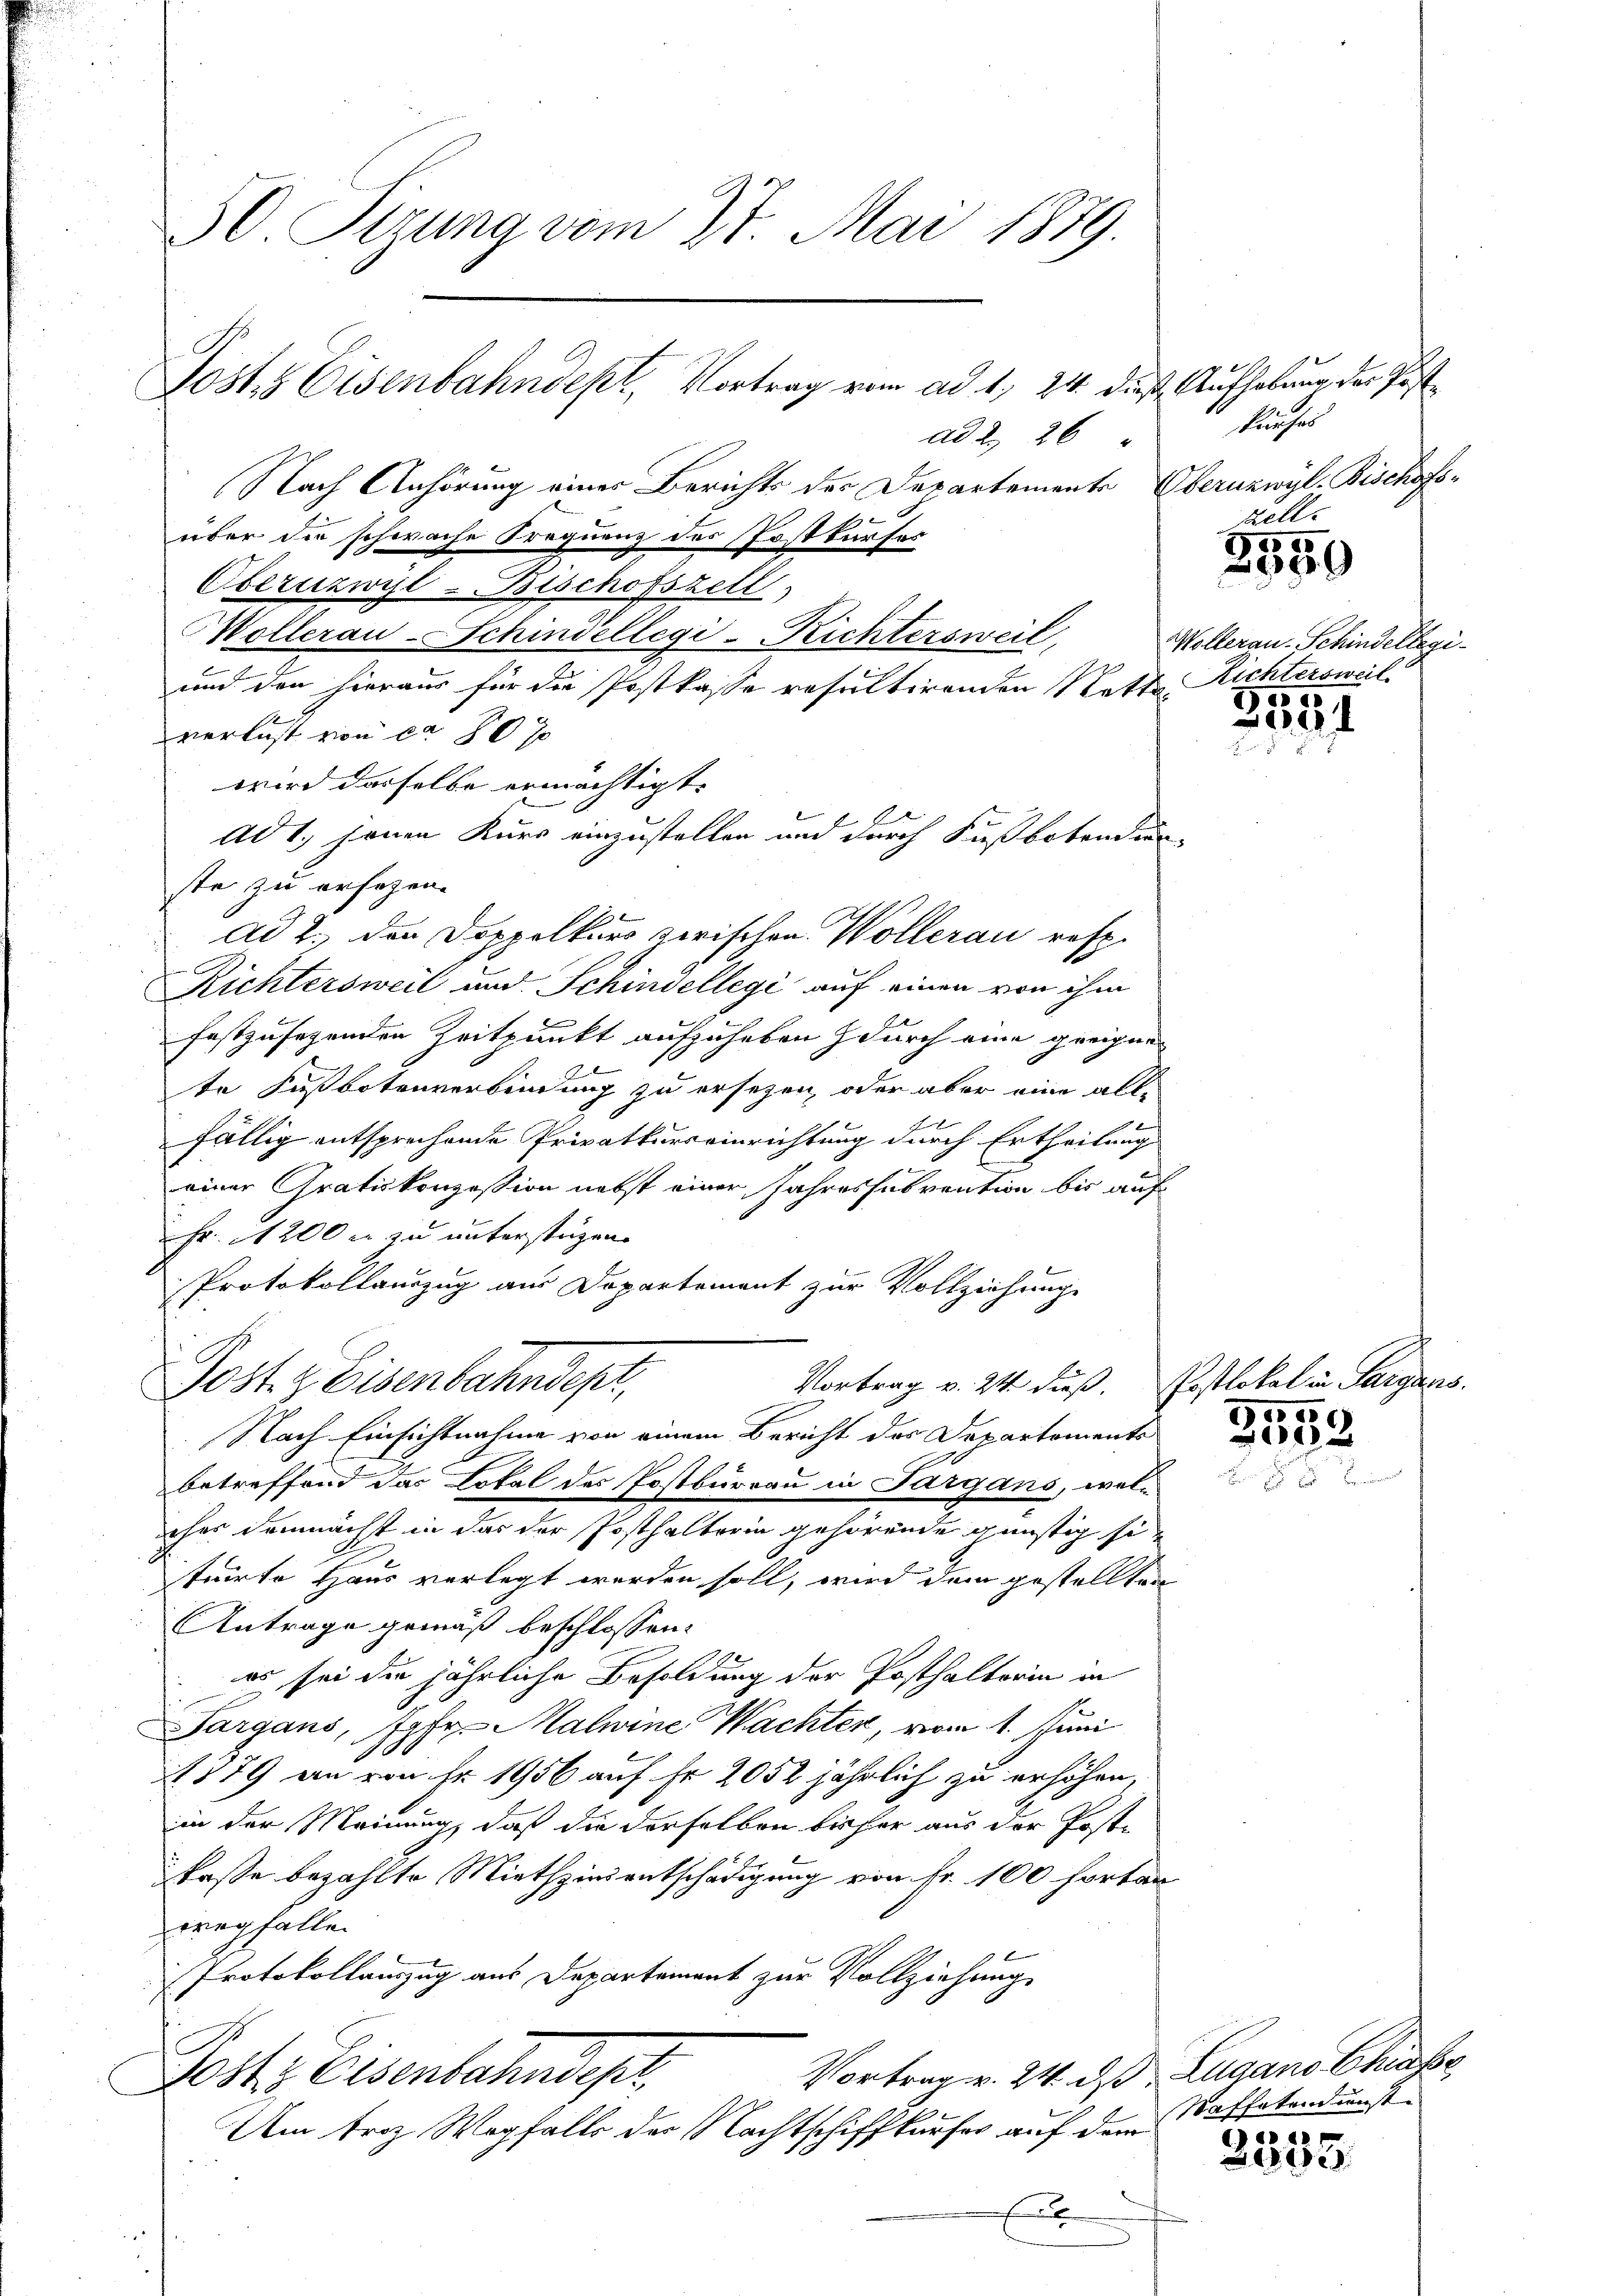
50. Sizung vom 27. Mai 1879.

ad 2. 26
Nach Anhörung einer Berichts der Departements Oberuzwyl. Bischofs-
über der schwache Frequenz des Postkurses
Obernzwyl-Bischofszell,
Höllerau-Schindellegi-Richtersweil,
und den hieraus für die Postkasse resultirenden Nette Richtersweil
verlust von ca 80 f
wird derselbe ermächtigt.
Ad 1., jenen Kurs einzustellen und durch Fußbotendien-
ste zu ersezen.
ad 2., den Doppelkurs zwischen Wollerau resp.
Richtersweil und Schindellegi auf einen von ihm
festzusehenden Zeitpunkt aufzuheben durch eine geeigne
2
te Fußbotenverbindung zu ersezen, oder aber eine all-

fällig entsprechende Privatkurseinrichtung durch Ertheilung
einer Gratiskonzession nebst einer Jahressubvention bis auf
Fr. 200 er zu unterstüzen.
Protokollauszug aus Departement zur Vollziehung
f
Vortrag v. 24. dieß. Postlokal in Sargans.
Post & Eisenbahndept,
Nach Einsichtnahme von einem Bericht des Departements
betreffend das Lokal des Postbürrau in Sargans, welcher demnächst in das der Posthalterin gehörende günstig si
trirte Haus verlegt werden soll, wird dem gestellten
Antrage gemäß beschlossen:
es sei die jährliche Besoldung der Posthaltorin in
Targans, Jgfr. Malwine Wachter, vom 1. Juni
1879 an von Nr. 1956 auf Fr. 2052 jährlich zu erhöhen,
in der Meinung, daß die derselben bisher aus der Poste
kasse bezahlte Miethzinsentschädigung von Fr. 100 fortan
wegfallen
Protokollauszug aus Departement zur Vollziehung
C
Vortrag v. 24. ds Lugano Chiasse
Josts Eisenbahndepr
Am Froz Wegfalls der Nachtschiffkaufes auf dem
E

Jost. Eisenbahndept, Vortrag vom ad 1, 24. dieß Aufhebung der Post¬

Pinses
Fell
1555
g
Wollerau Schindellegi¬

2334

1005

6
e

Waffetendunst
1

2100